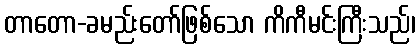
တာတော-ခမည်းတော်ဖြစ်သော ကိကီမင်းကြီးသည်၊